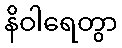
နိဝါရေတွာ